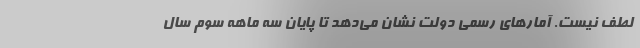
لطف نیست. آمارهای رسمی دولت نشان می‌دهد تا پایان سه ماهه‌ سوم سال